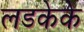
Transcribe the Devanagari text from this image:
लडकेके